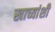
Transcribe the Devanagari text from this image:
खाच्यांशी